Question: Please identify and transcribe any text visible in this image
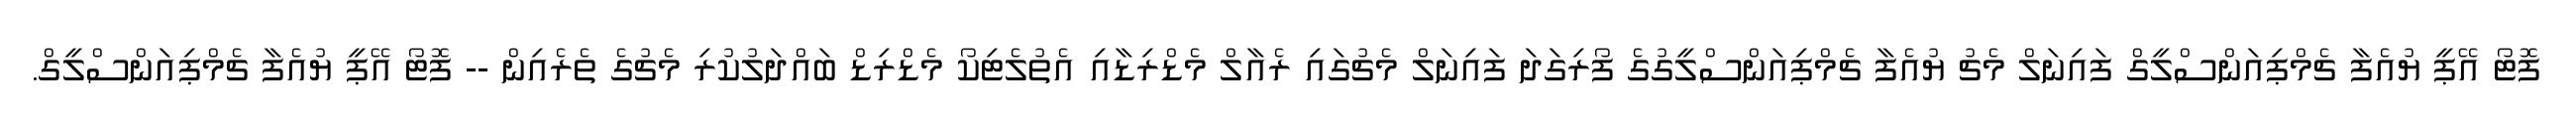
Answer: ފޮޓޯ އޭޕީ ޔުއެފާ ޗެމްޕިއަންސްލީގް ފައިނަލް މެޗު ޔުއެފާ ޗެމްޕިއަންސްލީގުގެ ފޯރިގަދަ ފައިނަލް މެޗުގައި ރެއާލް މެޑްރިޑާއި އެތުލެޓިކޯ މެޑްރިޑް ބައްދަލުކުރި މެޗުގެ ތެރެއިން -- ފޮޓޯ އޭޕީ ޔުއެފާ ޗެމްޕިއަންސްލީގް.